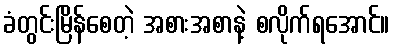
ခံတွင်းမြိန်စေတဲ့ အစားအစာနဲ့ စလိုက်ရအောင်။